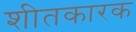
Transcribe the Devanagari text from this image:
शीतकारक